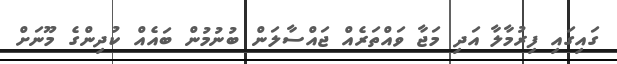
ގައިގައި ފިރުމާލާ އަދި މަޖާ ވައްތަރެއް ޖައްސާލަން ބުނުމުން ބައެއް ކުދިންގެ މޫނަށް